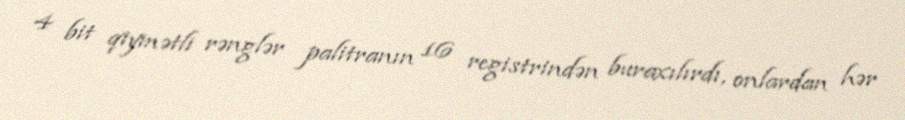
4 bit qiymətli rənglər palitranın 16 registrindən buraxılırdı, onlardan hər